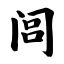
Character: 闾